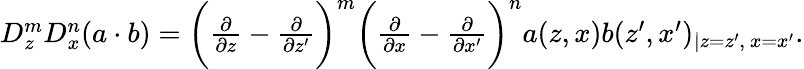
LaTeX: \begin{array}{r}{D_{z}^{m}D_{x}^{n}(a\cdot b)=\bigg(\frac{\partial}{\partial z}-\frac{\partial}{\partial z^{\prime}}\bigg)^{m}\bigg(\frac{\partial}{\partial x}-\frac{\partial}{\partial x^{\prime}}\bigg)^{n}a(z,x)b(z^{\prime},x^{\prime})_{\lvert z=z^{\prime},~x=x^{\prime}}.}\end{array}